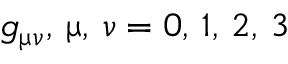
g _ { \upmu \upnu } , \, \upmu , \, \upnu = 0 , \, 1 , \, 2 , \, 3